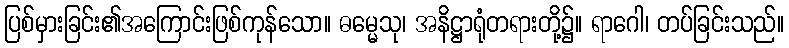
ပြစ်မှားခြင်း၏အကြောင်းဖြစ်ကုန်သော။ ဓမ္မေသု၊ အနိဋ္ဌာရုံတရားတို့၌။ ရာဂေါ၊ တပ်ခြင်းသည်။